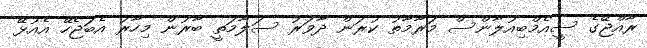
ރާއްޖޭގެ ސީއެމްބިއުލާންސް މަރާމާތު ކުރަން ދާވަރު ސަލާމަތީ ބާރުން މިހާރު އެބަޖެހޭ އެއުޅޭ